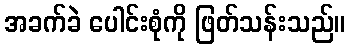
အခက်ခဲ ပေါင်းစုံကို ဖြတ်သန်းသည်။